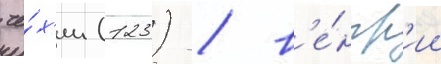
че́х'ии (123) / в'е́нгр'ии